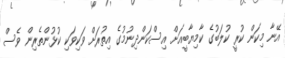
އޭނާ މިކަން ކުރީ ކުލަބުގެ ކާމިޔާބީއަށް އިސްކަންދިނުމުގެ އިތުރަށް ވަކިވަކި ކުޅުންތެރިން ވެސް